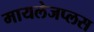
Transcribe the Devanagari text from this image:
मायलेजप्लस